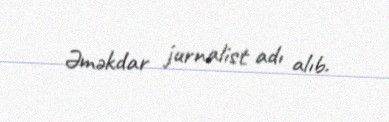
Əməkdar jurnalist adı alıb.